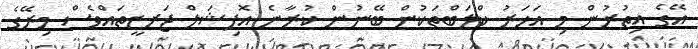
އޭގެ އިތުރުން މި އަހަރު ކްލަބްތަކުން ބޭނުން ކުރާނެ އޮފިޝަލް ޖަރޒީތައްވެސް މިރޭގެ